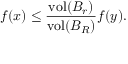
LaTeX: f ( x ) \leq { \frac { \operatorname { v o l } ( B _ { r } ) } { \operatorname { v o l } ( B _ { R } ) } } f ( y ) .